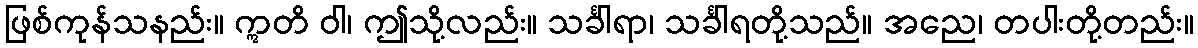
ဖြစ်ကုန်သနည်း။ ဣတိ ဝါ၊ ဤသို့လည်း။ သင်္ခါရာ၊ သင်္ခါရတို့သည်။ အညေ၊ တပါးတို့တည်း။